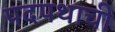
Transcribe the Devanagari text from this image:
पदपथाची